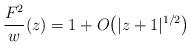
LaTeX: \begin{gather*}\frac{F^2}{w}(z) = 1 + O\big(\vert z+1\vert^{1/2}\big) \end{gather*}